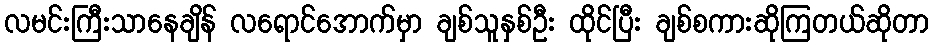
လမင်းကြီးသာနေချိန် လရောင်အောက်မှာ ချစ်သူနှစ်ဦး ထိုင်ပြီး ချစ်စကားဆိုကြတယ်ဆိုတာ